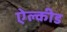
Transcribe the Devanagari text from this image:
ऐल्कीड